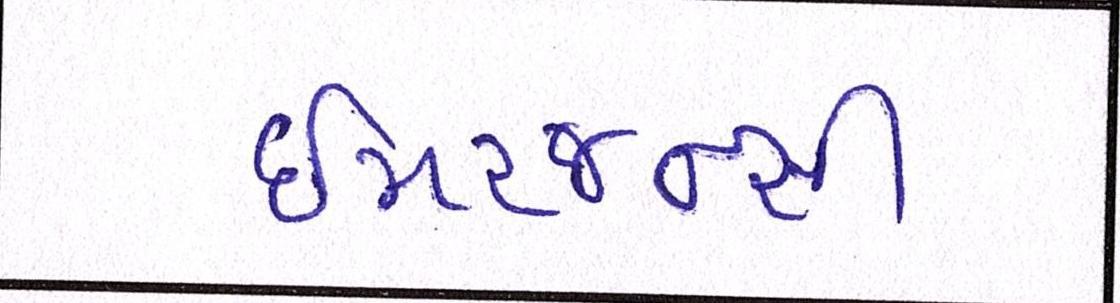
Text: ઇમરજન્સી